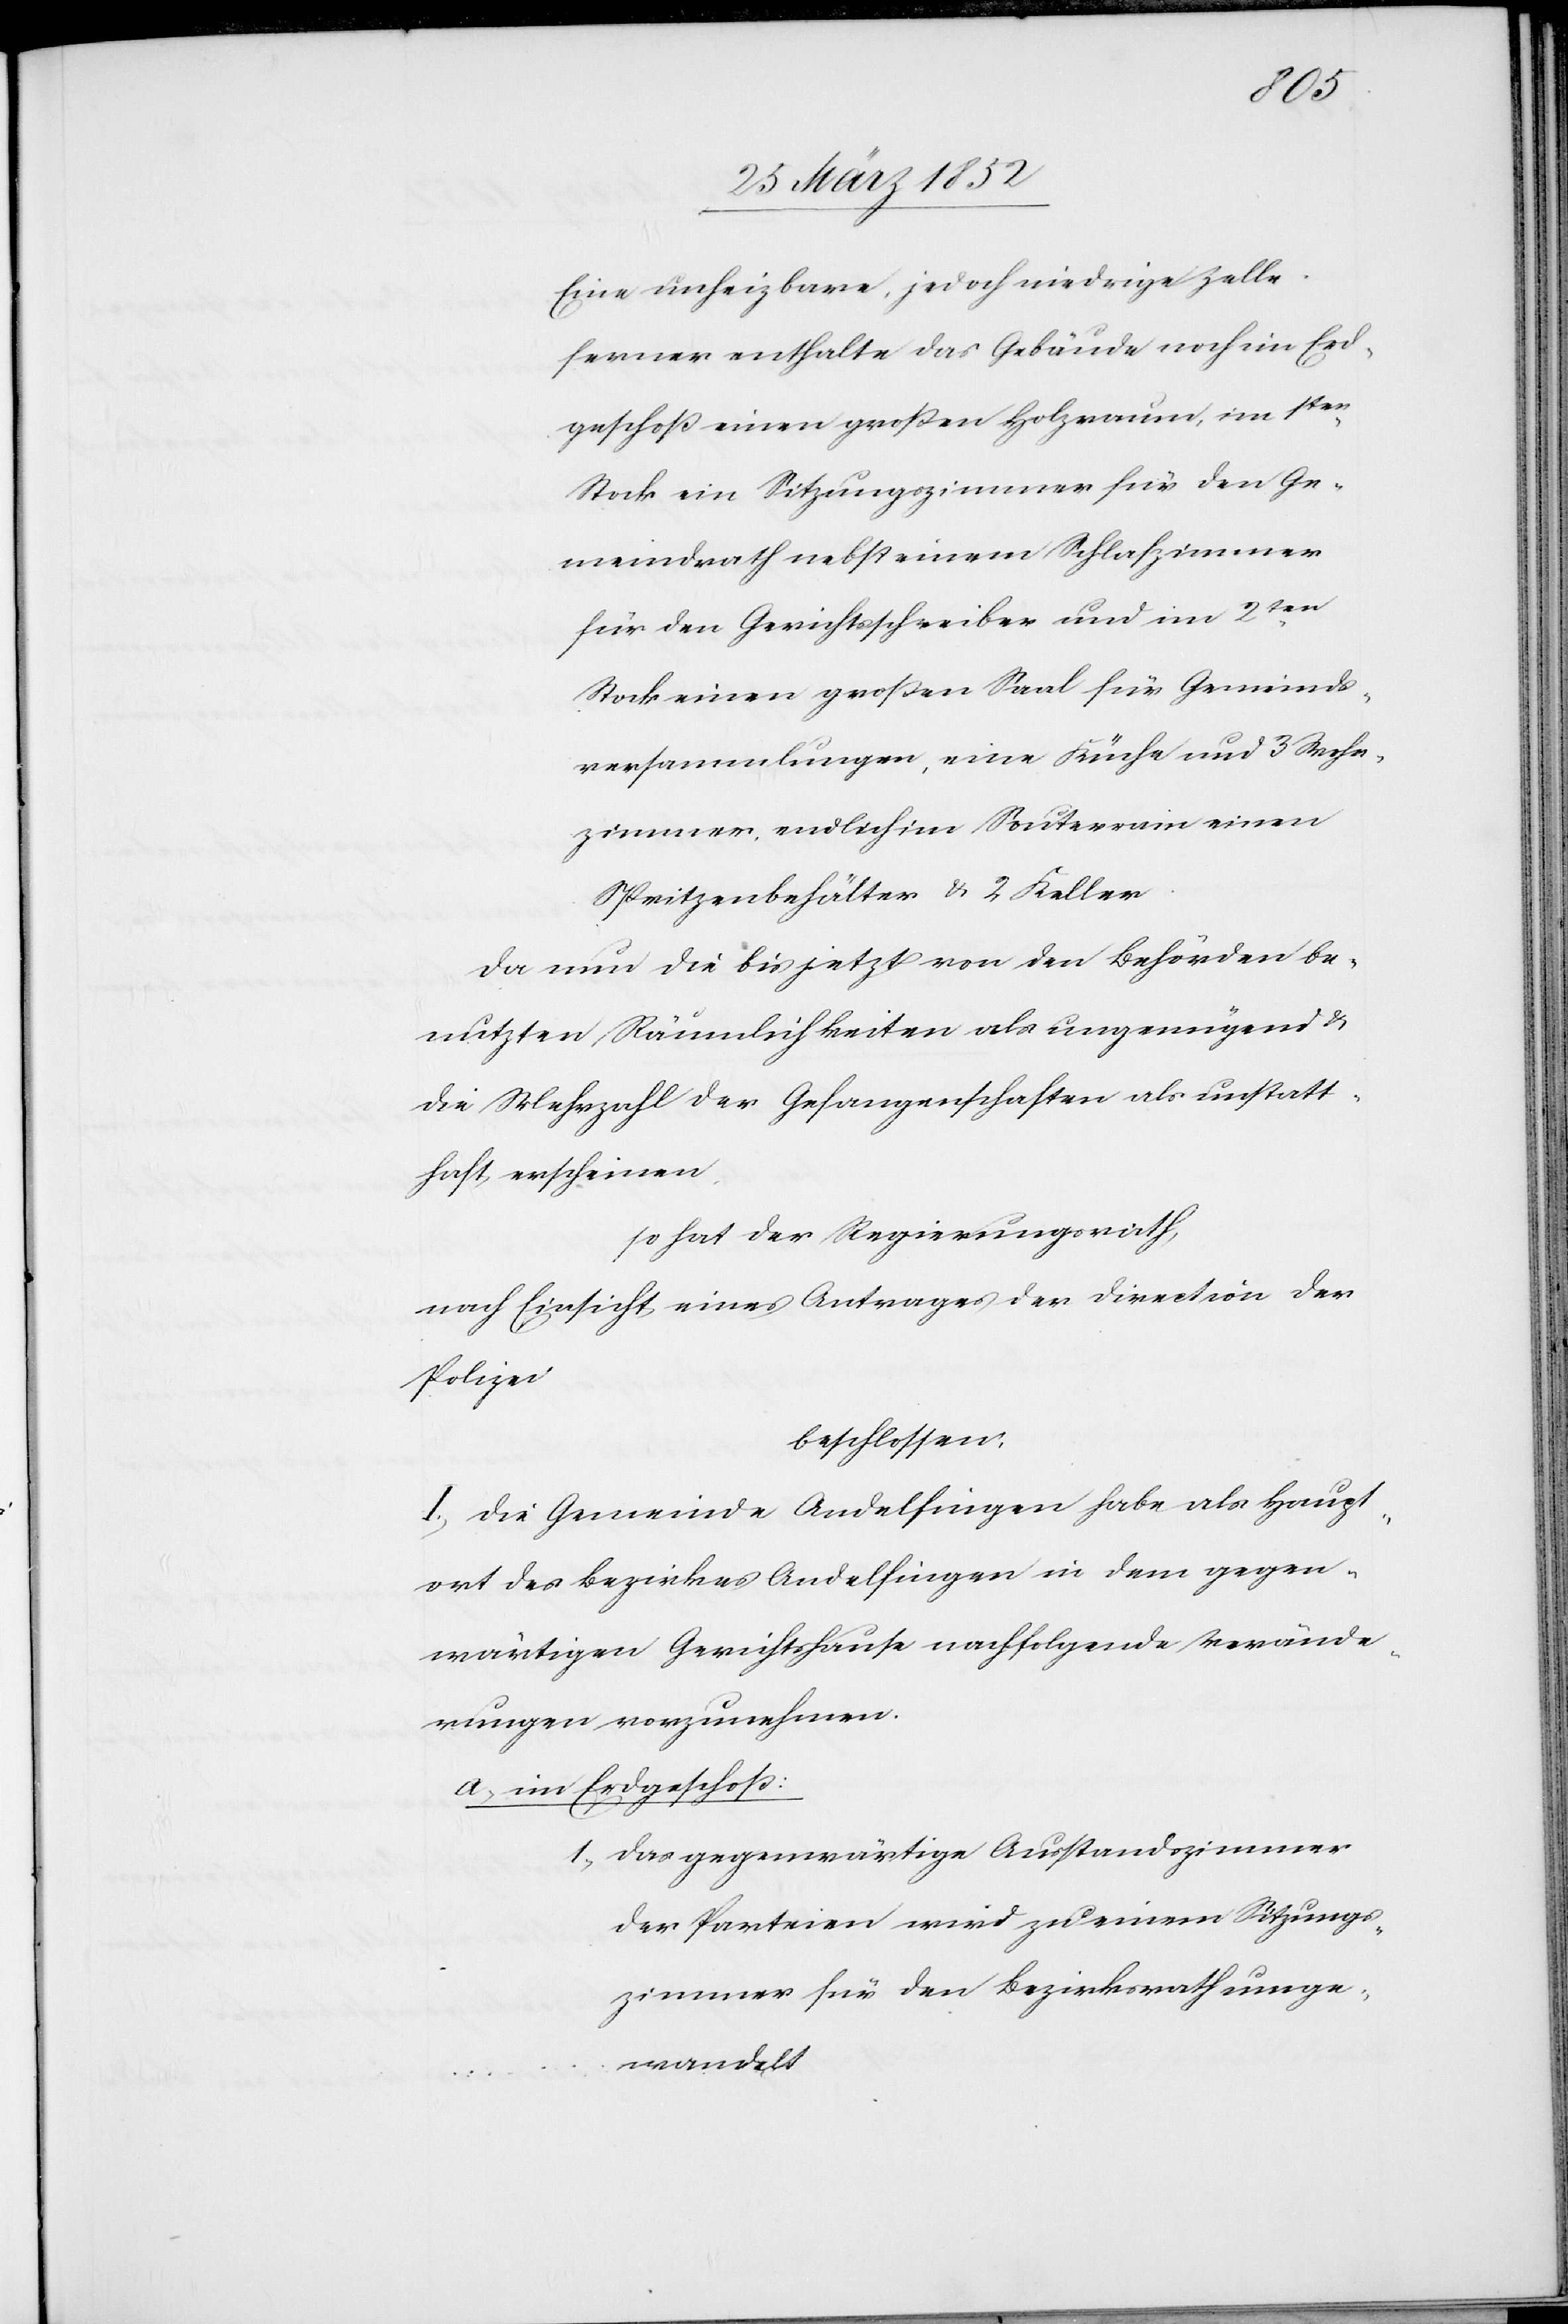
Eine unheizbare, jedoch niedrige Zelle.
Ferner enthalte das Gebäude noch im Erd¬
geschoß einen großen Holzraum, im 1ten
Stock ein Sitzungszimmer für den Ge¬
meindrath nebst einem Schlafzimmer
für den Gerichtsschreiber und im 2ten
Stock einen großen Saal für Gemeinds¬
versammlungen, eine Küche und 3 Wohn¬
zimmer, endlich im Souterrain einen
Spritzenbehälter u. 2 Keller.
Da nun die bis jetzt von den Behörden be¬
nutzten Räumlichkeiten als ungenügend u.
die Mehrzahl der Gefangenschaften als unstatt¬
haft erscheinen,
so hat der Regierungsrath,
nach Einsicht eines Antrages der Direction der
Polizei
beschlossen.
I. Die Gemeinde Andelfingen habe als Haupt¬
ort des Bezirkes Andelfingen in dem gegen¬
wärtigen Gerichtshause nachfolgende Verände¬
rungen vorzunehmen.
a) im Erdgeschoß:
1) Das gegenwärtige Ausstandszimmer
der Parteien wird zu einem Sitzungs¬
zimmer für den Bezirksrath umge¬
wandelt.